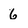
Character: 6